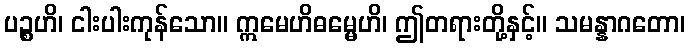
ပဉ္စဟိ၊ ငါးပါးကုန်သော။ ဣမေဟိဓမ္မေဟိ၊ ဤတရားတို့နှင့်။ သမန္နာဂတော၊